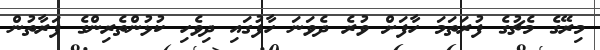
މިރޭގެ މެޗުގެ ފުރަތަމަ ހާފަށް ވުރެ ދެވަނަ ހާފުގައި ދިވެހި ކުޅުންތެރިންގެ ފަރާތުން